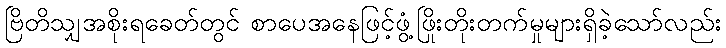
ဗြိတိသျှအစိုးရခေတ်တွင် စာပေအနေဖြင့်ဖွံ့ဖြိုးတိုးတက်မှုများရှိခဲ့သော်လည်း